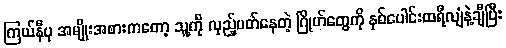
ကြယ်နီပု အမျိုးအစားကတော့ သူ့ကို လှည့်ပတ်နေတဲ့ ဂြိုဟ်တွေကို နှစ်ပေါင်းထရီလျံနဲ့ချီပြီး